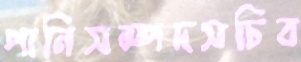
পানিসম্পদসচিব